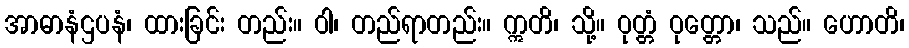
အာဓာနံဌပနံ၊ ထားခြင်း တည်း။ ဝါ၊ တည်ရာတည်း။ ဣတိ၊ သို့။ ဝုတ္တံ ဝုတ္တော၊ သည်။ ဟောတိ၊